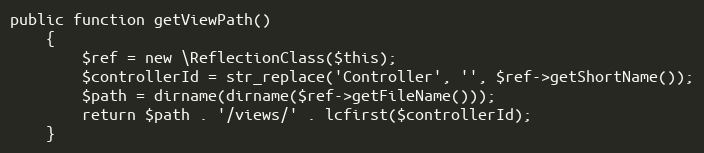
Language: PHP
public function getViewPath()
    {
        $ref = new \ReflectionClass($this);
        $controllerId = str_replace('Controller', '', $ref->getShortName());
        $path = dirname(dirname($ref->getFileName()));
        return $path . '/views/' . lcfirst($controllerId);
    }